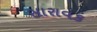
સારાવક